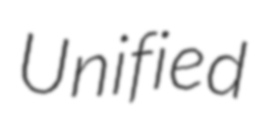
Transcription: Unified